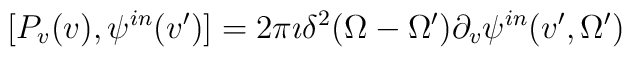
[P_{v}(v),\psi^{in}(v')]= 2\pi\imath \delta^2{(\Omega-\Omega')}\partial_{v}\psi^{in}(v',\Omega')